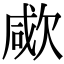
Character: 㰹